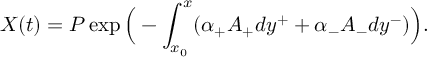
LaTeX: X ( t ) = P \exp \Big ( - \int _ { x _ { 0 } } ^ { x } ( \alpha _ { + } A _ { + } d y ^ { + } + \alpha _ { - } A _ { - } d y ^ { - } ) \Big ) .